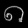
Digit: ၈